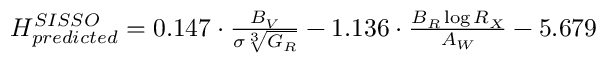
\begin{array} { r } { { H _ { p r e d i c t e d } ^ { S I S S O } = 0 . 1 4 7 \cdot \frac { B _ { V } } { \sigma \sqrt [ 3 ] { G _ { R } } } - 1 . 1 3 6 \cdot \frac { B _ { R } \log { R _ { X } } } { A _ { W } } - 5 . 6 7 9 } } \end{array}